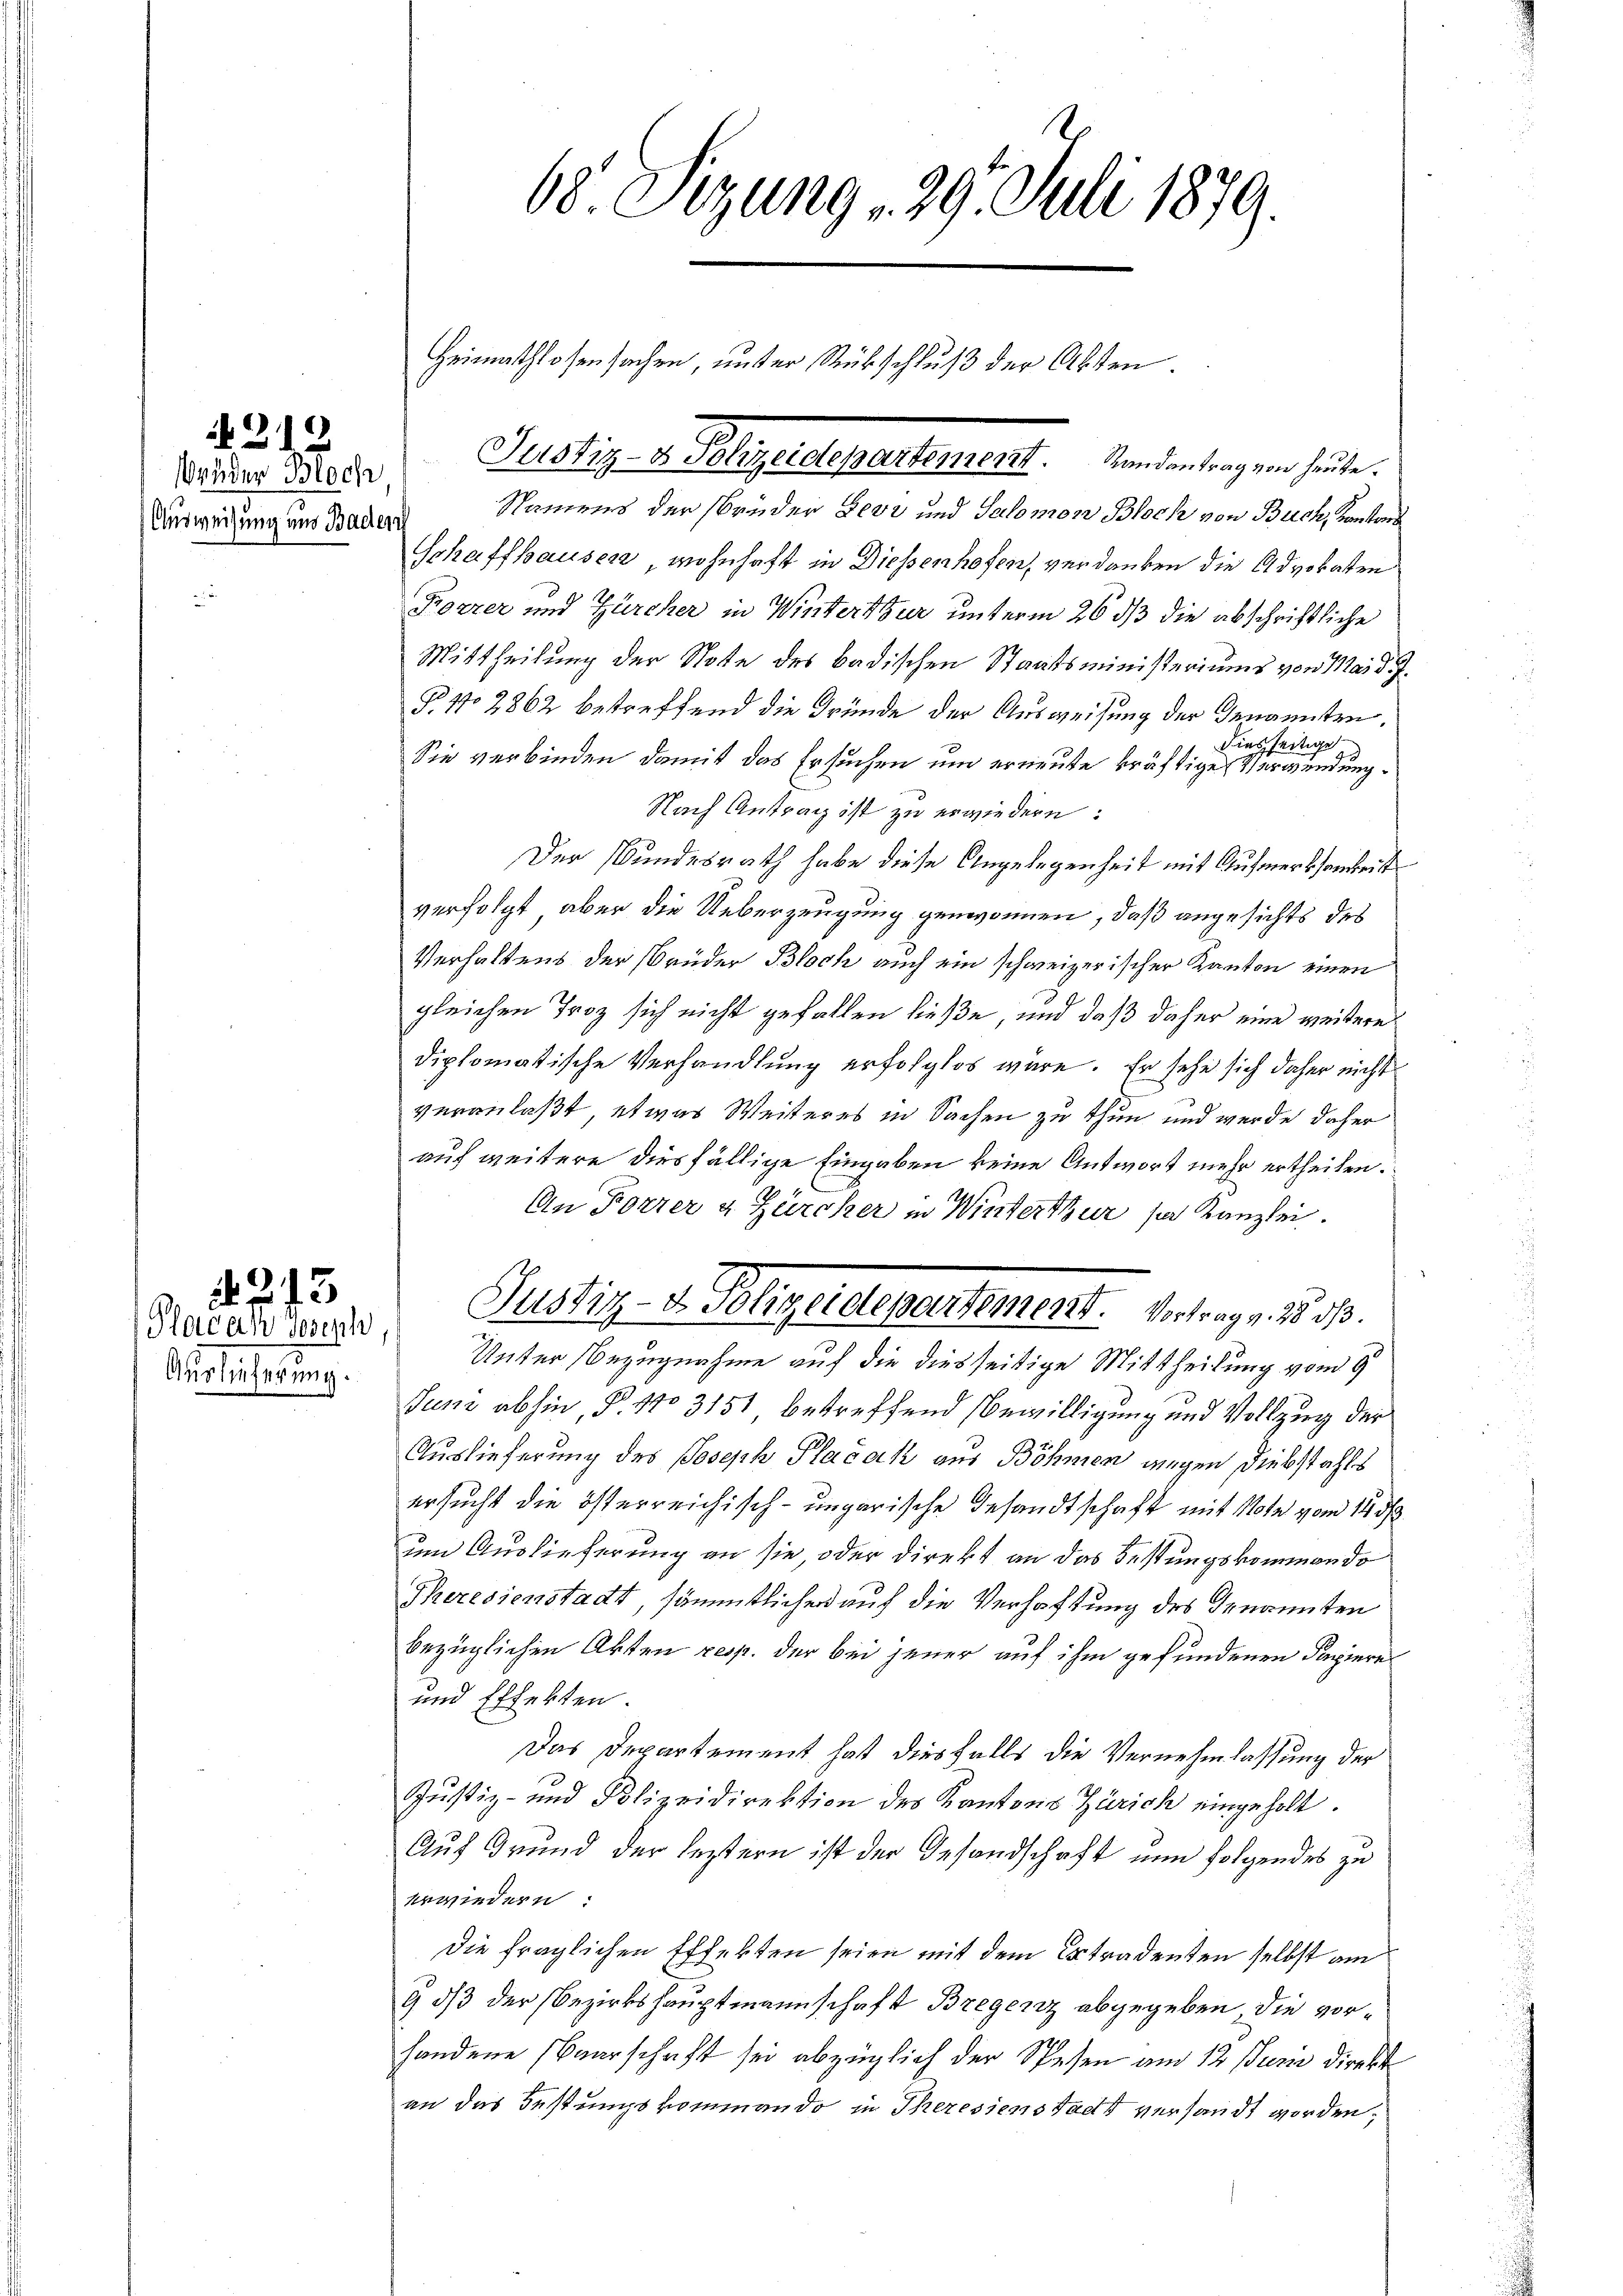
Wender Bloch
Ausweisung und Bade

212

Plocal Joseph
Auslieferung.

213

1

68 Sizung 29. Juli 1879.

Heimathlosensachen, unter Rückschluß der Akten

Justiz- & Polizeidepartement.   Mandantrag ein heute.

Pustiz- u. Polizeidepartement. Vertrage 18 d.

Namens der brüder Levi und Salomon Bloch von Buch, Kantons
Schaffhausen, wohnhaft in Diessenhofen, verdanken die Advokaten
Forrer und Zürcher in Winterthur unterm 26 dß die abschriftliche
Mittheilung der Note des badischen Staatsministeriums von Mai d. J.
P. No 2862 betreffend die Gründe der Ausweisung der Genannten.
diesseitige
Sie verbinden, damit das Ersuchen um erneute kräftige Verwendung¬
Nach Antrag ist zu erwiedern:
Der Bundesrath habe diese Angelegenheit mit Aufmerksamkeit
verfolgt, aber die Ueberzeugung genvonnen, daß angesichts des
Verhaltens der Brüder Bloch auch ein schweizerischer Kanton einen
gleichen Troz sich nicht gefallen ließe, und daß daher eine weitere
diplomatische Verhandlung erfolglos wäre. Er sehe sich daher nicht
veranlaßt, etwas Weiteres in Sachen zu thun und werde daher
auf weitere diesfällige Eingaben keine Antwort mehr ertheilen.
An Forrer & Zürcher in Winterthur se Kanzlei.
Unter Bezugnahme auf die diesseitige Mittheilung vom 9
Juni abhin, § 110 3151 betreffend Bewilligung und Vollzug der
Auslieferung des Joseph Placek aus Böhmen wegen Diebstahls
ersucht die österreichisch-ungarische Gesandtschaft mit Note von 14 d
um Auslieferung an sie oder Direkt an das Festungskommando
Theresienstadt, sämmtlichen auf die Verhaftung des Genannten
bezüglichen Akten resp. der bei jener auf ihm gefundenen Papiere
und Effekten.
Das Departement hat diesfalls die Vernehmlassung der
Justiz- und Polizeidirektion des Kantons Zürich eingeholt.
Auf Grund der leztern ist der Gesandschaft nun folgendes zu
erwiedern:
Die fraglichen Effekten seien mit dem Extradenten selbst am
9 dß der Bezirkshauptmannschaft Bregenz abgegeben die vorhandene Baarschaft sei abzüglich der Spesen am 12 stum direkt
an das Festungskommando in Theressenstadt versandt worden,